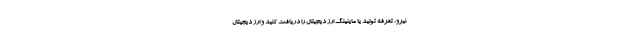
نیرو، تعرفه تولید یا ماینینگ ارز دیجیتال را دریافت کنید و ارز دیجیتال